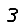
Digit: 3